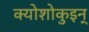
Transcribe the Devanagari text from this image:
क्योशोकुइन्